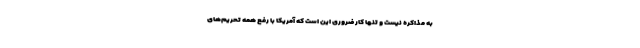
به مذاکره نیست و تنها کار ضروری این است که آمریکا با رفع همه تحریم‌های